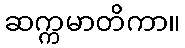
ဆက္ကမာတိကာ။